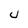
Character: U